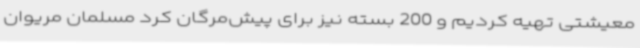
معیشتی تهیه کردیم و 200 بسته نیز برای پیش‌مرگان کرد مسلمان مریوان